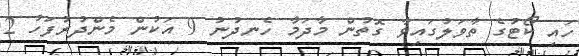
ހައި ކޯޓުގެ ތާވަލުގައިވާ ގޮތުން މާދަމާ ހެނދުނު 9 އަކުން މެންދުރުފަހު 2